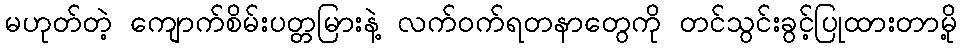
မဟုတ်တဲ့ ကျောက်စိမ်းပတ္တမြားနဲ့ လက်ဝက်ရတနာတွေကို တင်သွင်းခွင့်ပြုထားတာမို့